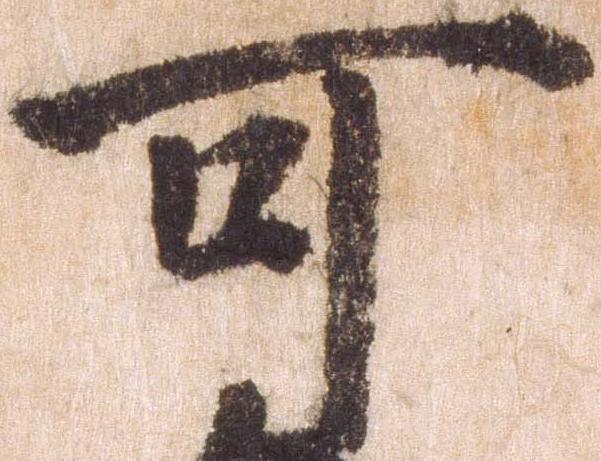
可